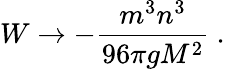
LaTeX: W\to-\frac{m^{3}n^{3}}{96\pi gM^{2}}\ .